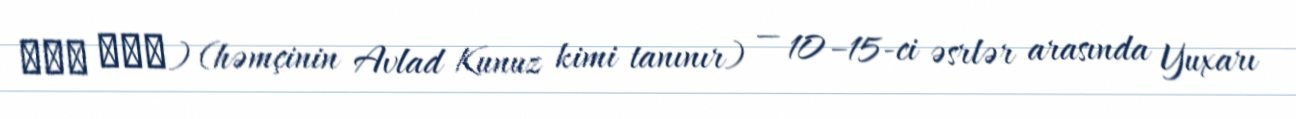
بنو كنز) (həmçinin Avlad Kunuz kimi tanınır) — 10–15-ci əsrlər arasında Yuxarı